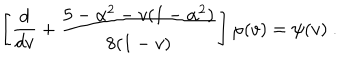
LaTeX: \left[ \frac { d } { d v } + \frac { 5 - \alpha ^ { 2 } - v ( 1 - \alpha ^ { 2 } ) } { 8 ( 1 - v ) } \right] \varphi ( v ) = \psi ( v ) ~ .